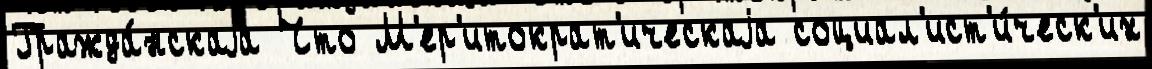
Гражда́нскаjа Что М'ер'итократ'ическаjа социал'ист'и́ческ'их